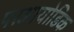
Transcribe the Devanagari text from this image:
परआयोडिक